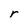
Character: r